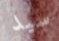
سيد